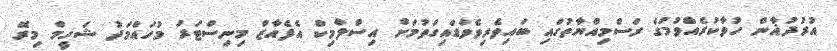
އުރުދުޣާން ހުވާކުރެއްވުމުގެ ރަސްމިއްޔާތުގައި ބައިވެރިވެވަޑައިގަތުމަށް އިސްލާމިކް އެފެއާޒް މިނިސްޓަރު މުހައްމަދު ޝަހީމް މިރޭ